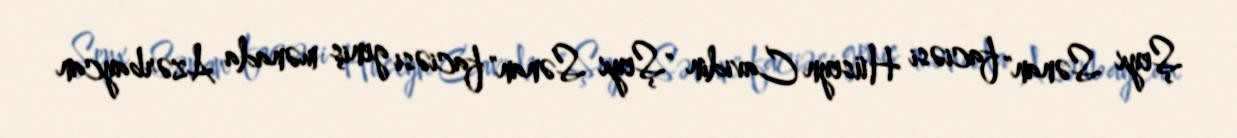
Şeyx Sənan" faciəsi Hüseyn Cavidin "Şeyx Sənan" faciəsi geniş mənada Azərbaycan